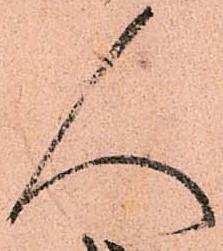
人